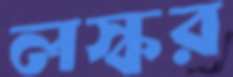
লস্কর